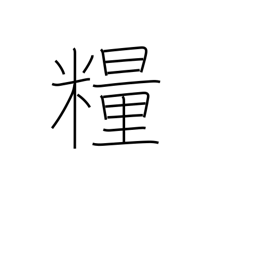
Meaning: provisions